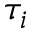
\tau _ { i }